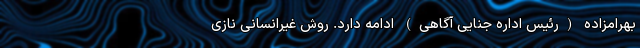
بهرامزاده (رئیس اداره جنایی آگاهی) ادامه دارد. روش غیرانسانی نازی